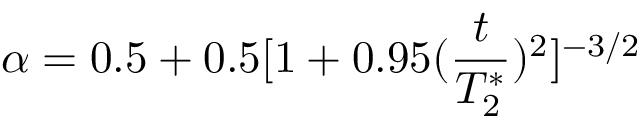
\alpha = 0 . 5 + 0 . 5 [ 1 + 0 . 9 5 ( \frac { t } { T _ { 2 } ^ { * } } ) ^ { 2 } ] ^ { - 3 / 2 }